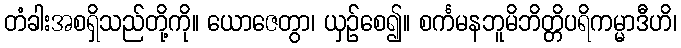
တံခါးအစရှိသည်တို့ကို။ ယောဇေတွာ၊ ယှဉ်စေ၍။ စင်္ကမနဘူမိဘိတ္တိပရိကမ္မာဒီဟိ၊